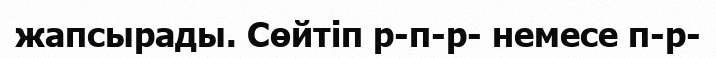
жапсырады. Сөйтіп р-п-р- немесе п-р-